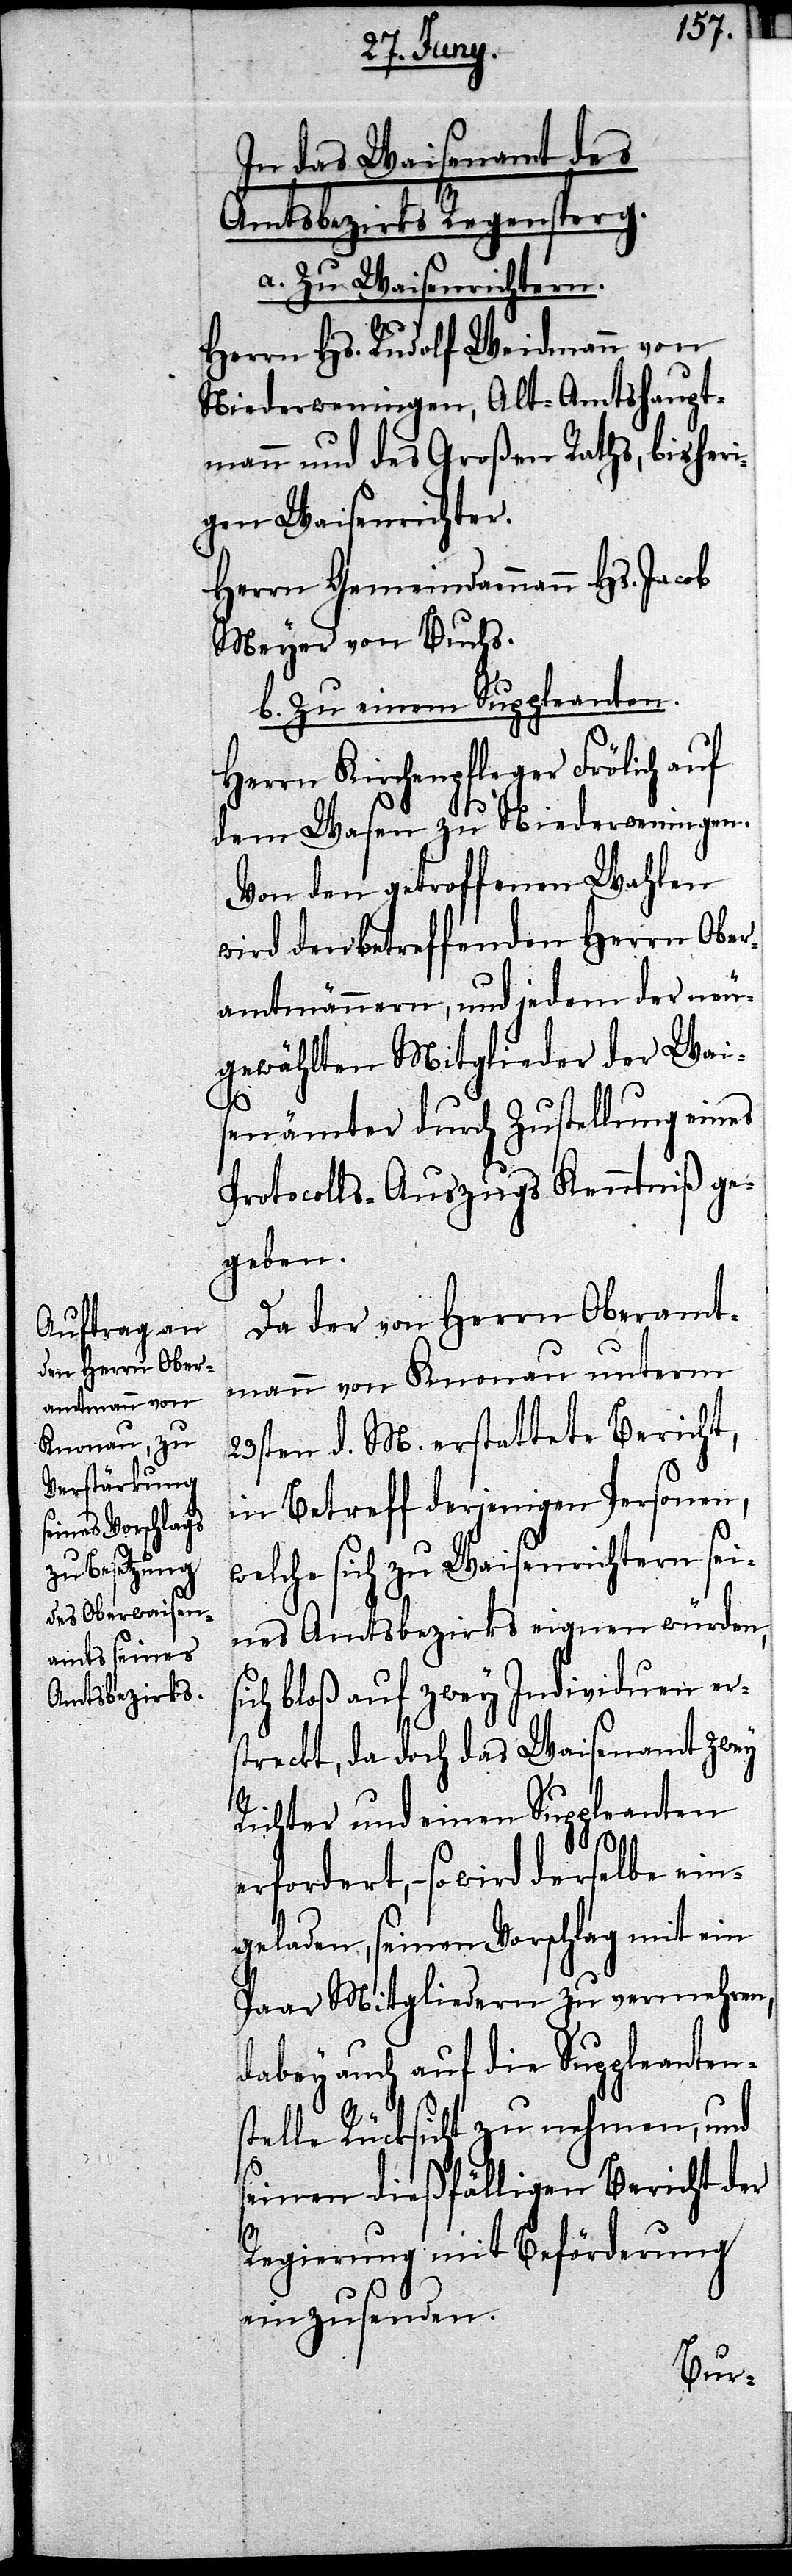
In das Waisenamt des
Amtsbezirks Regensperg.
a. Zu Waisenrichtern.
Herrn Hs. Rudolf Weidmann von
Niederweningen, Alt-Amtshaupt¬
mann und des Großen Raths, bisheri¬
gen Waisenrichter.
Herrn Gemeindammann Hs. Jacob
Meyer von Buchs.
b. Zu einem Suppleanten.
Herrn Kirchenpfleger Frölich
dem Wasen zu Niederweningen.
Von den getroffenen Wahlen
wird den betreffenden Herren Ober¬
amtmännern, und jedem der neu¬
gewählten Mitglieder der Wai¬
s¬
senämter durch Zustellung eines
Protocolls-Auszugs Kenntniß ge¬
geben.
Da der von Herrn Oberamt¬
mann von Knonau unterm
23sten d. M. erstattete Bericht,
in Betreff derjenigen Personen,
welche sich zu Waisenrichtern sei¬
nes Amtsbezirks eignen würden,
ich bloß auf zwey Individuen ers¬
treckt, da doch das Waisenamt zwey
Richter und einen Suppleanten
erfordert, – so wird derselbe ein¬
geladen, seinen Vorschlag mit ein
Paar Mitgliedern zu vermehren,
dabey auch auf die Suppleanten¬
stelle Rücksicht zu nehmen, und
seinen dießfälligen Bericht der
Regierung mit Beförderung
einzusenden.